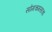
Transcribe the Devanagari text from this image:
सोमचमसाचा